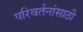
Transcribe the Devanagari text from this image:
परिवर्तनांसाठी